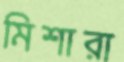
মিশারা